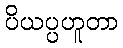
ပိယပ္ပဟူတာ